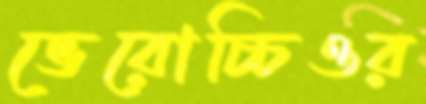
ভেরোচ্চিওর